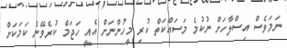
ނަމަވެސް އިސްލާހަށް ނުކުމެ މަސައްކަތް ކުރި މީހުންނަށް އެއީ ހަޖަމް ކުރެވޭނެ ކަމަކަށް